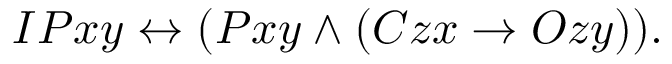
I P x y \leftrightarrow ( P x y \land ( C z x \rightarrow O z y ) ) .